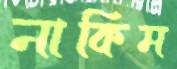
নাকিম